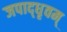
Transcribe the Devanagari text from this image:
जपाद्‌धृवम्